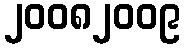
၂၀၀၈၂၀၀၉